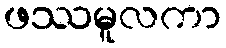
ဖဿမူလကာ